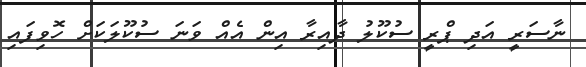
ނާސަރީ އަދި ޕްރީ ސުކޫލު ދާއިރާ އިން އެއް ވަނަ ސުކޫލަކަށް ހޮވިފައި